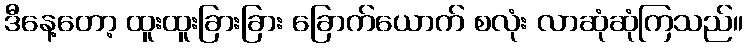
ဒီနေ့တော့ ထူးထူးခြားခြား ခြောက်ယောက် စလုံး လာဆုံဆုံကြသည်။